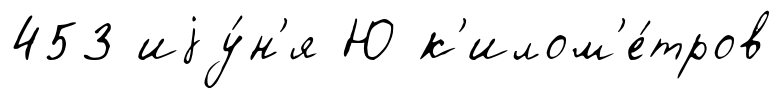
453 иjу́н'я Ю к'илом'е́тров